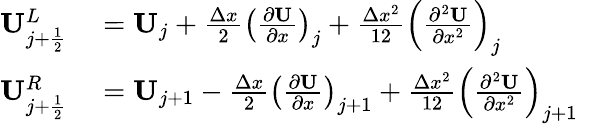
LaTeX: \begin{array}{rl}{\mathbf{U}_{j+\frac{1}{2}}^{L}}&{{}=\mathbf{{U}}_{j}+\frac{\Delta x}{2}\left(\frac{\partial\mathbf{U}}{\partial x}\right)_{j}+\frac{\Delta x^{2}}{12}\left(\frac{\partial^{2}\mathbf{U}}{\partial x^{2}}\right)_{j}}\\ {\mathbf{U}_{j+\frac{1}{2}}^{R}}&{{}=\mathbf{{U}}_{j+1}-\frac{\Delta x}{2}\left(\frac{\partial\mathbf{U}}{\partial x}\right)_{j+1}+\frac{\Delta x^{2}}{12}\left(\frac{\partial^{2}\mathbf{U}}{\partial x^{2}}\right)_{j+1}\quad}\end{array}